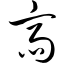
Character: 斋